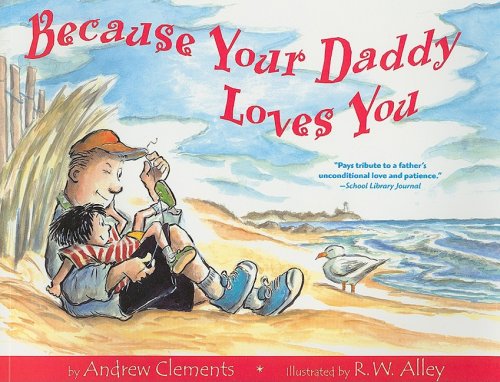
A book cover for Because Your Daddy Loves You; Andrew Clements; Children's Books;